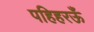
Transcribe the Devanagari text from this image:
पहिहरऊँ